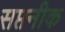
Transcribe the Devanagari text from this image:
सप्तनीक